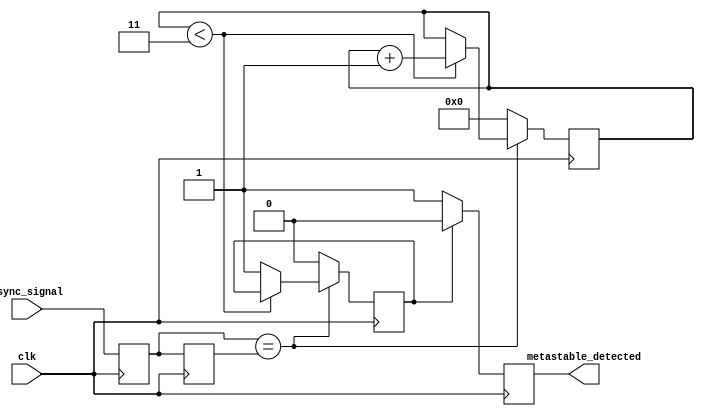
module metastability_detector #(
    parameter STABILITY_CYCLES = 4 // Number of cycles to confirm stability
)(
    input wire clk,                // Stable clock signal
    input wire async_signal,       // Asynchronous input signal
    output reg metastable_detected // Output indicator for metastability
);

    // Internal signals
    reg latch1, latch2;
    reg [STABILITY_CYCLES-1:0] stability_counter;
    reg stable_signal;

    // Latch the asynchronous signal on the rising edge of the clock
    always @(posedge clk) begin
        latch1 <= async_signal; // Sample the async signal
        latch2 <= latch1;       // Sample the output of the first latch
    end

    // Stability monitoring logic
    always @(posedge clk) begin
        if (latch1 == latch2) begin
            // If both latches are the same, increment the stability counter
            if (stability_counter < STABILITY_CYCLES - 1) begin
                stability_counter <= stability_counter + 1;
            end
            else begin
                stable_signal <= 1; // Signal is stable
            end
        end else begin
            // If latches differ, reset the stability counter
            stability_counter <= 0;
            stable_signal <= 0; // Signal is not stable
        end
    end

    // Metastability detection output
    always @(posedge clk) begin
        if (stable_signal) begin
            metastable_detected <= 0; // No metastability detected
        end else begin
            metastable_detected <= 1; // Metastability detected
        end
    end

    // Initialize stability counter
    initial begin
        stability_counter = 0;
        stable_signal = 0;
        metastable_detected = 0;
    end

endmodule